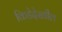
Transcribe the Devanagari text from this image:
किडेदेखील